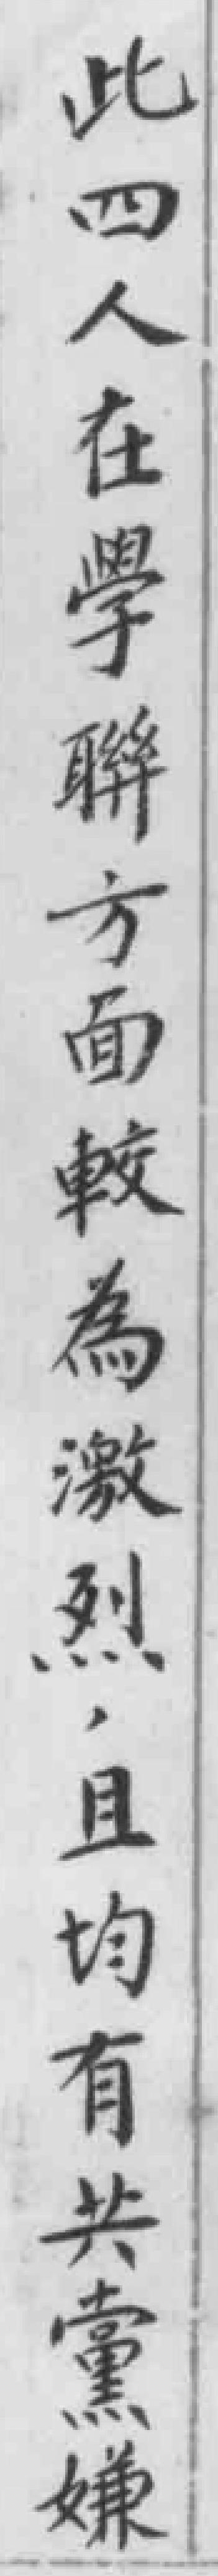
此四人在學聯方面較為激烈,且均有共黨嫌疑